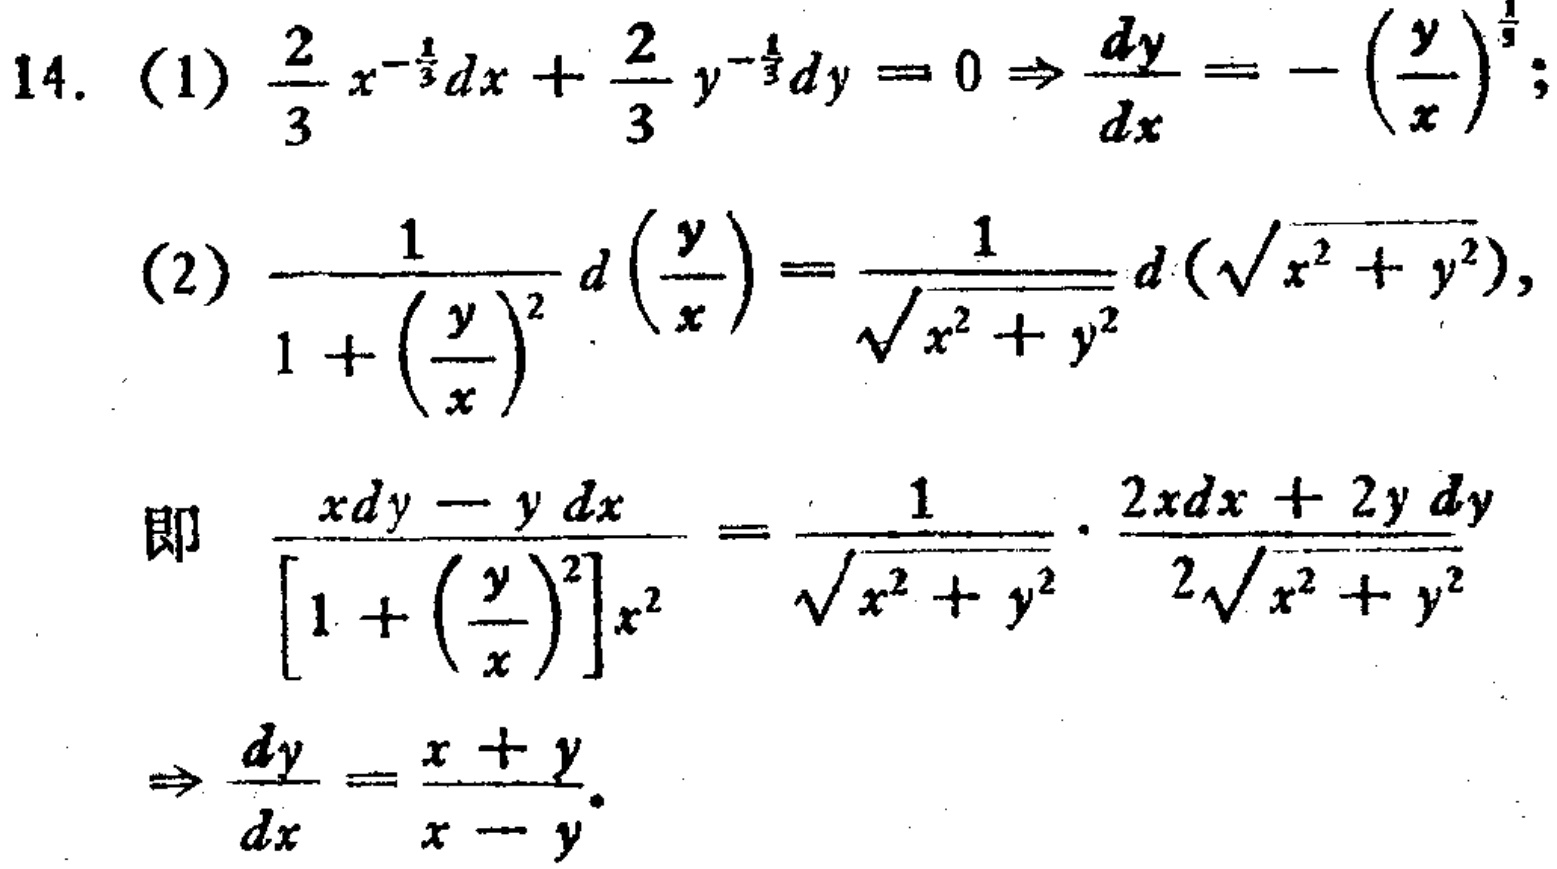
14. (1) \(\frac{2}{3}x^{-\frac{1}{3}}dx+\frac{2}{3}y^{-\frac{1}{3}}dy = 0\Rightarrow\frac{dy}{dx}=-\left(\frac{y}{x}\right)^{\frac{1}{3}}\);
(2) \(\frac{1}{1+\left(\frac{y}{x}\right)^2}d\left(\frac{y}{x}\right)=\frac{1}{\sqrt{x^{2}+y^{2}}}d\left(\sqrt{x^{2}+y^{2}}\right)\),
即 \(\frac{xdy - ydx}{\left[1+\left(\frac{y}{x}\right)^2\right]x^{2}}=\frac{1}{\sqrt{x^{2}+y^{2}}}\cdot\frac{2xdx + 2ydy}{2\sqrt{x^{2}+y^{2}}}\)
\(\Rightarrow\frac{dy}{dx}=\frac{x + y}{x - y}\).